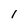
Character: l